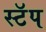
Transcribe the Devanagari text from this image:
स्टॅप